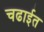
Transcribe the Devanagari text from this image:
चढाईत